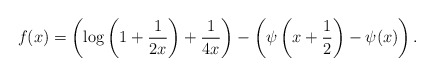
\begin{align*}f(x) = \left(\log\left(1+\frac{1}{2x}\right) + \frac{1}{4x}\right) - \left(\psi\left(x+\frac12\right)-\psi(x)\right).\end{align*}